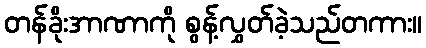
တန်ခိုးအာဏာကို စွန့်လွှတ်ခဲ့သည်တကား။